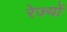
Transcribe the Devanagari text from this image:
रेज्यों